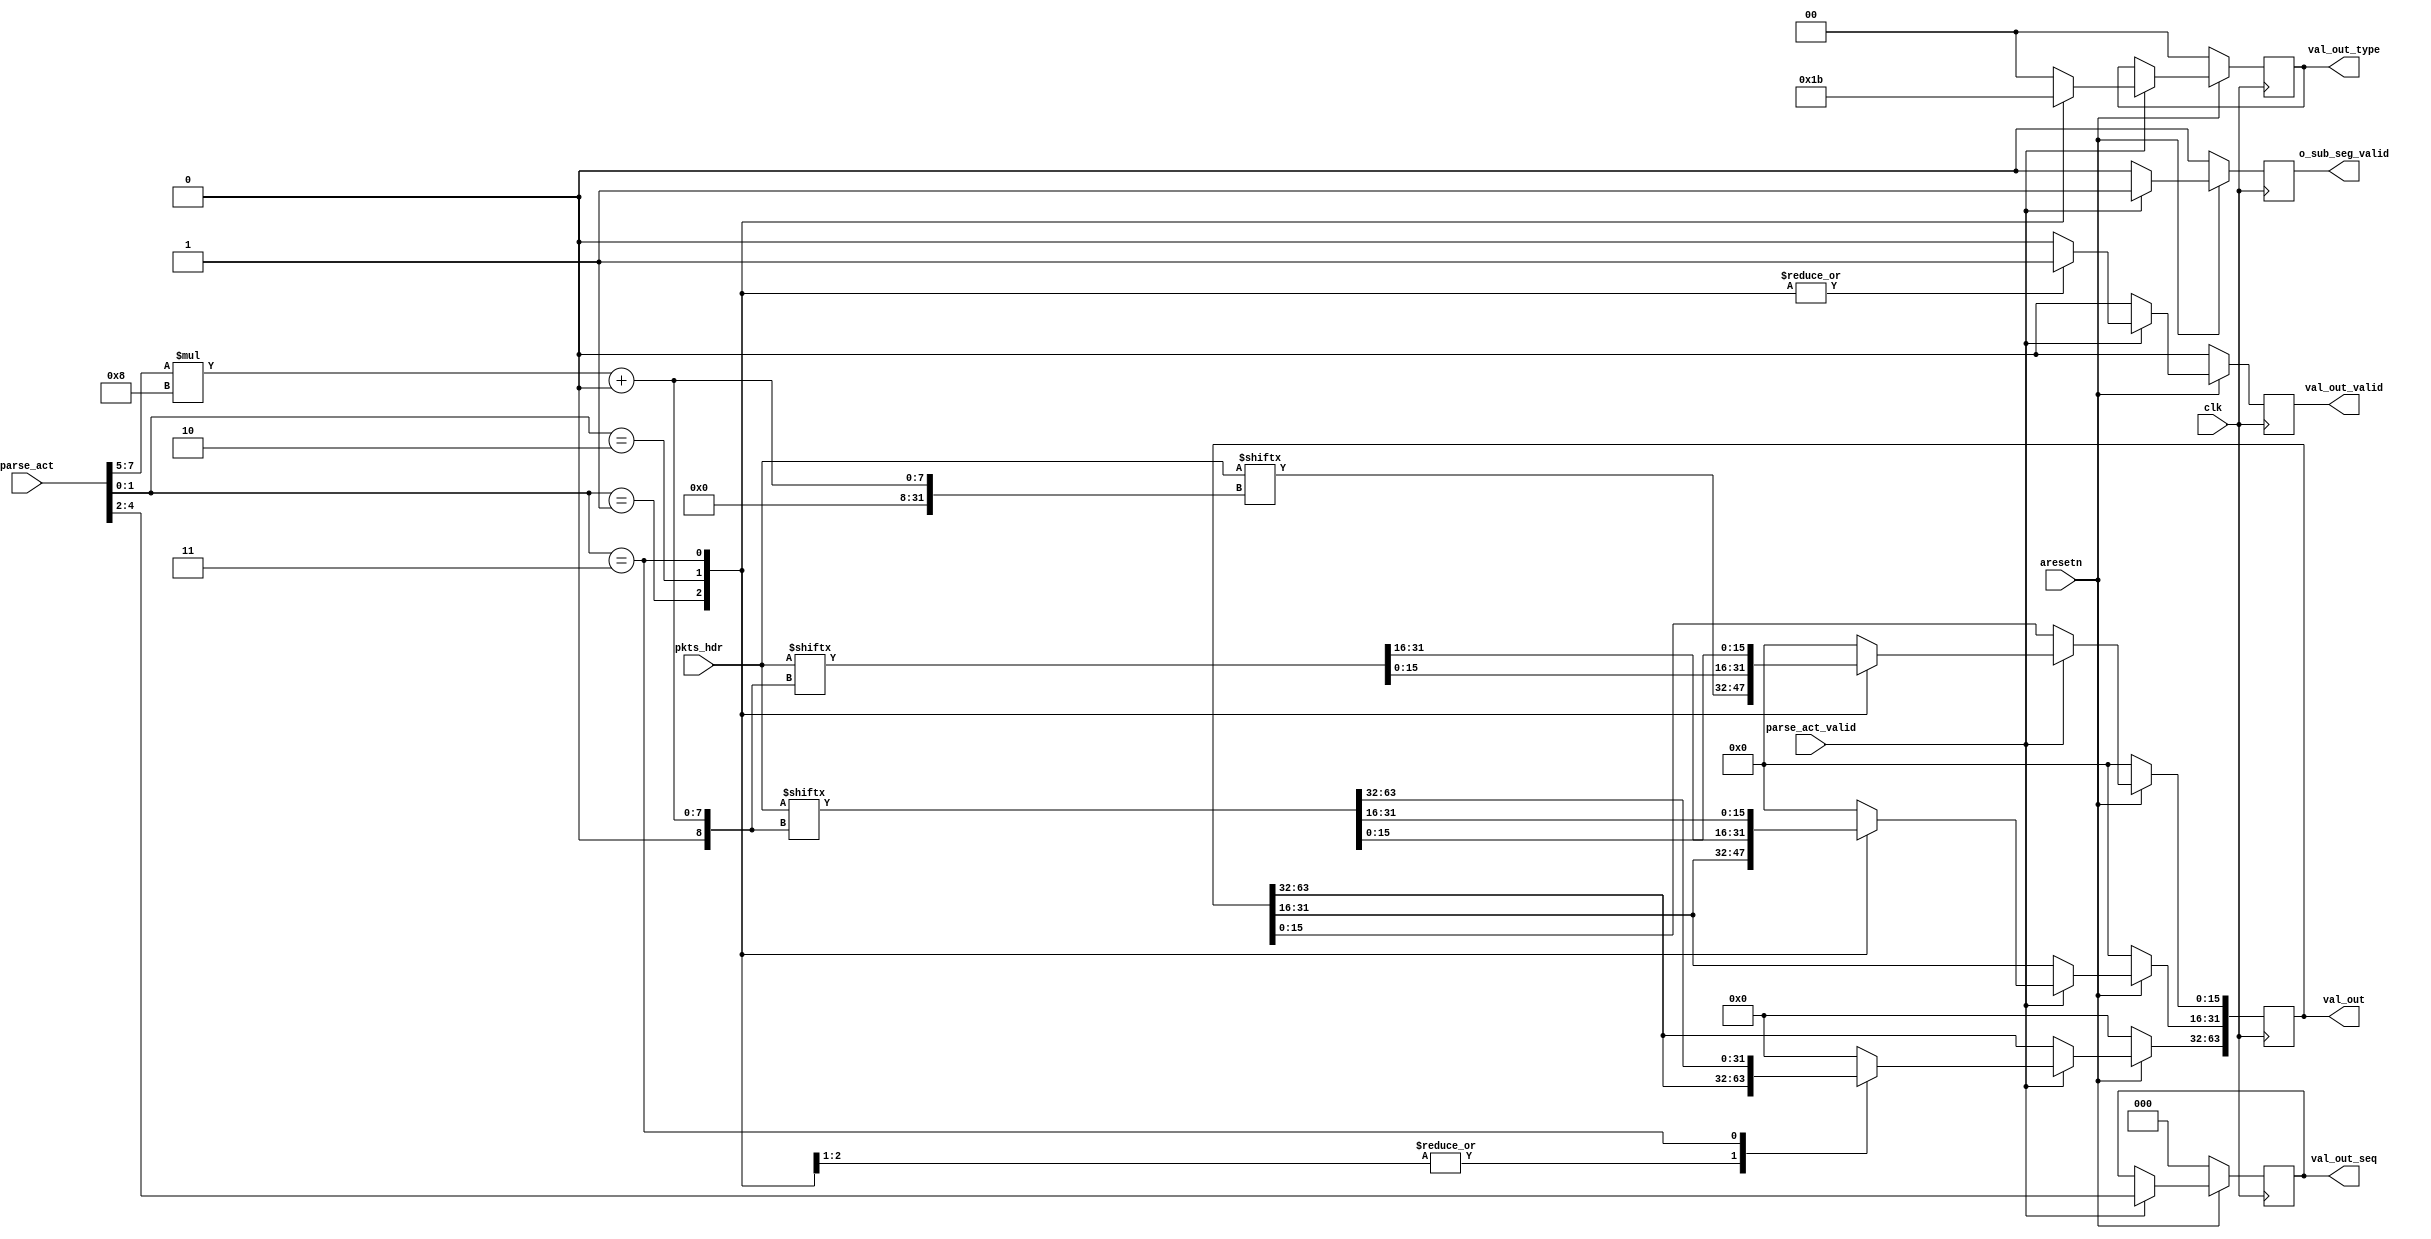
`timescale 1ns / 1ps
//15332
//[15] tvalid
//[12:8] Bytes offset 0-255,0-111:11111
//[7:5] Byte_in_seg
//[4:2] val_index
//[1:0] val_type,01:2B;10:4B;11:8B
//128b
module sub1_parser #(
	parameter SUB_PKTS_LEN = 128,
	parameter L_PARSE_ACT_LEN = 8,
	parameter VAL_OUT_LEN = 64
)
(
	input				clk,
	input				aresetn,

	input						    parse_act_valid,
	input [L_PARSE_ACT_LEN-1:0]	    parse_act,

	input [SUB_PKTS_LEN-1:0]	    pkts_hdr,

	output reg					    val_out_valid,
	output reg [VAL_OUT_LEN-1:0]	val_out,
	output reg [1:0]			    val_out_type,
	output reg [2:0]			    val_out_seq,   //val_seq
	output reg 						o_sub_seg_valid
);

always @(posedge clk) begin
	if(~aresetn) begin
		val_out_valid <= 1'b0;
		val_out_type <= 2'b00;
		val_out <= 64'd0;
		o_sub_seg_valid <= 1'd0;
		val_out_seq <= 3'd0;
	end
	else if (parse_act_valid) begin
		val_out_seq <= parse_act[4:2];
		o_sub_seg_valid <= 1'b1;
		case({parse_act[1:0]})
			// 2B
			3'b01: begin
				val_out_valid <= 1'b1;
				val_out_type <= 2'b01;
				val_out[15:0] <= pkts_hdr[(parse_act[7:5])*8 +: 16];
			end
			// 4B
			3'b10: begin
				val_out_valid <= 1'b1;
				val_out_type <= 2'b10;
				val_out[31:0] <= pkts_hdr[(parse_act[7:5])*8 +: 32];
			end
			// 8B
			3'b11: begin
				val_out_valid <= 1'b1;
				val_out_type <= 2'b11;
				val_out[63:0] <= pkts_hdr[(parse_act[7:5])*8 +: 64];
			end
			default: begin
				val_out_valid <= 1'b0;
				val_out_type <= 2'b00;
				val_out <= 0;
			end
		endcase
	end
	else begin
		val_out_valid <= 1'b0;
		o_sub_seg_valid <= 1'b0;
	end
end

// always @(*) begin
// 	val_out_valid_nxt = 0;
// 	val_out_nxt = val_out;
// 	val_out_type_nxt = val_out_type;
// 	val_out_seq_nxt = val_out_seq;
// 	sub_seg_valid_nxt = o_sub_seg_valid;
// 	if (parse_act_valid) begin
// 		val_out_seq_nxt = parse_act[4:2];
// 		sub_seg_valid_nxt = 1'b1;
// 		case({parse_act[1:0]})
// 			// 2B
// 			3'b01: begin
// 				val_out_valid_nxt = 1;
// 				val_out_type_nxt = 2'b01;
// 				val_out_nxt[15:0] = pkts_hdr[(parse_act[7:5])*8 +: 16];
// 			end
// 			// 4B
// 			3'b10: begin
// 				val_out_valid_nxt = 1;
// 				val_out_type_nxt = 2'b10;
// 				val_out_nxt[31:0] = pkts_hdr[(parse_act[7:5])*8 +: 32];
// 			end
// 			// 8B
// 			3'b11: begin
// 				val_out_valid_nxt = 1;
// 				val_out_type_nxt = 2'b11;
// 				val_out_nxt[63:0] = pkts_hdr[(parse_act[7:5])*8 +: 64];
// 			end
// 			default: begin
// 				val_out_valid_nxt = 0;
// 				val_out_type_nxt = 0;
// 				val_out_nxt = 0;
// 			end
// 		endcase
// 	end
// 	else begin
// 		sub_seg_valid_nxt = 1'b0;
// 	end
// end

// always @(posedge clk) begin
// 	if (~aresetn) begin
// 		val_out_valid <= 0;
// 		val_out <= 0;
// 		val_out_type <= 0;
// 		val_out_seq <= 0;
// 		o_sub_seg_valid <= 0;
// 	end
// 	else begin
// 		val_out_valid <= val_out_valid_nxt;
// 		val_out <= val_out_nxt;
// 		val_out_type <= val_out_type_nxt;
// 		val_out_seq <= val_out_seq_nxt;
// 		o_sub_seg_valid <= sub_seg_valid_nxt;
// 	end
// end


endmodule